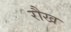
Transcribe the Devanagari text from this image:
रौख